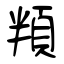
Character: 頖